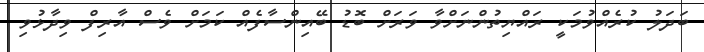
ބަދަލު ކުރެއްވުމަކީ ރައްޔިތުންނަށްވާ ވަރަށް ބޮޑު ބޭއިންސާފެއް ކަމަށް ވެސް އާރިފް ވިދާޅުވި